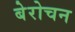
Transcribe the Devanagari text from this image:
बेरोचन